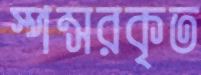
স্পন্সরকৃত